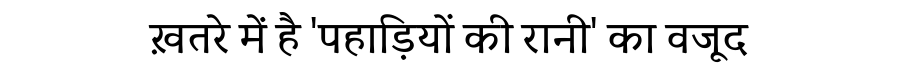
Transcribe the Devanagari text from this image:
ख़तरे में है 'पहाड़ियों की रानी' का वजूद